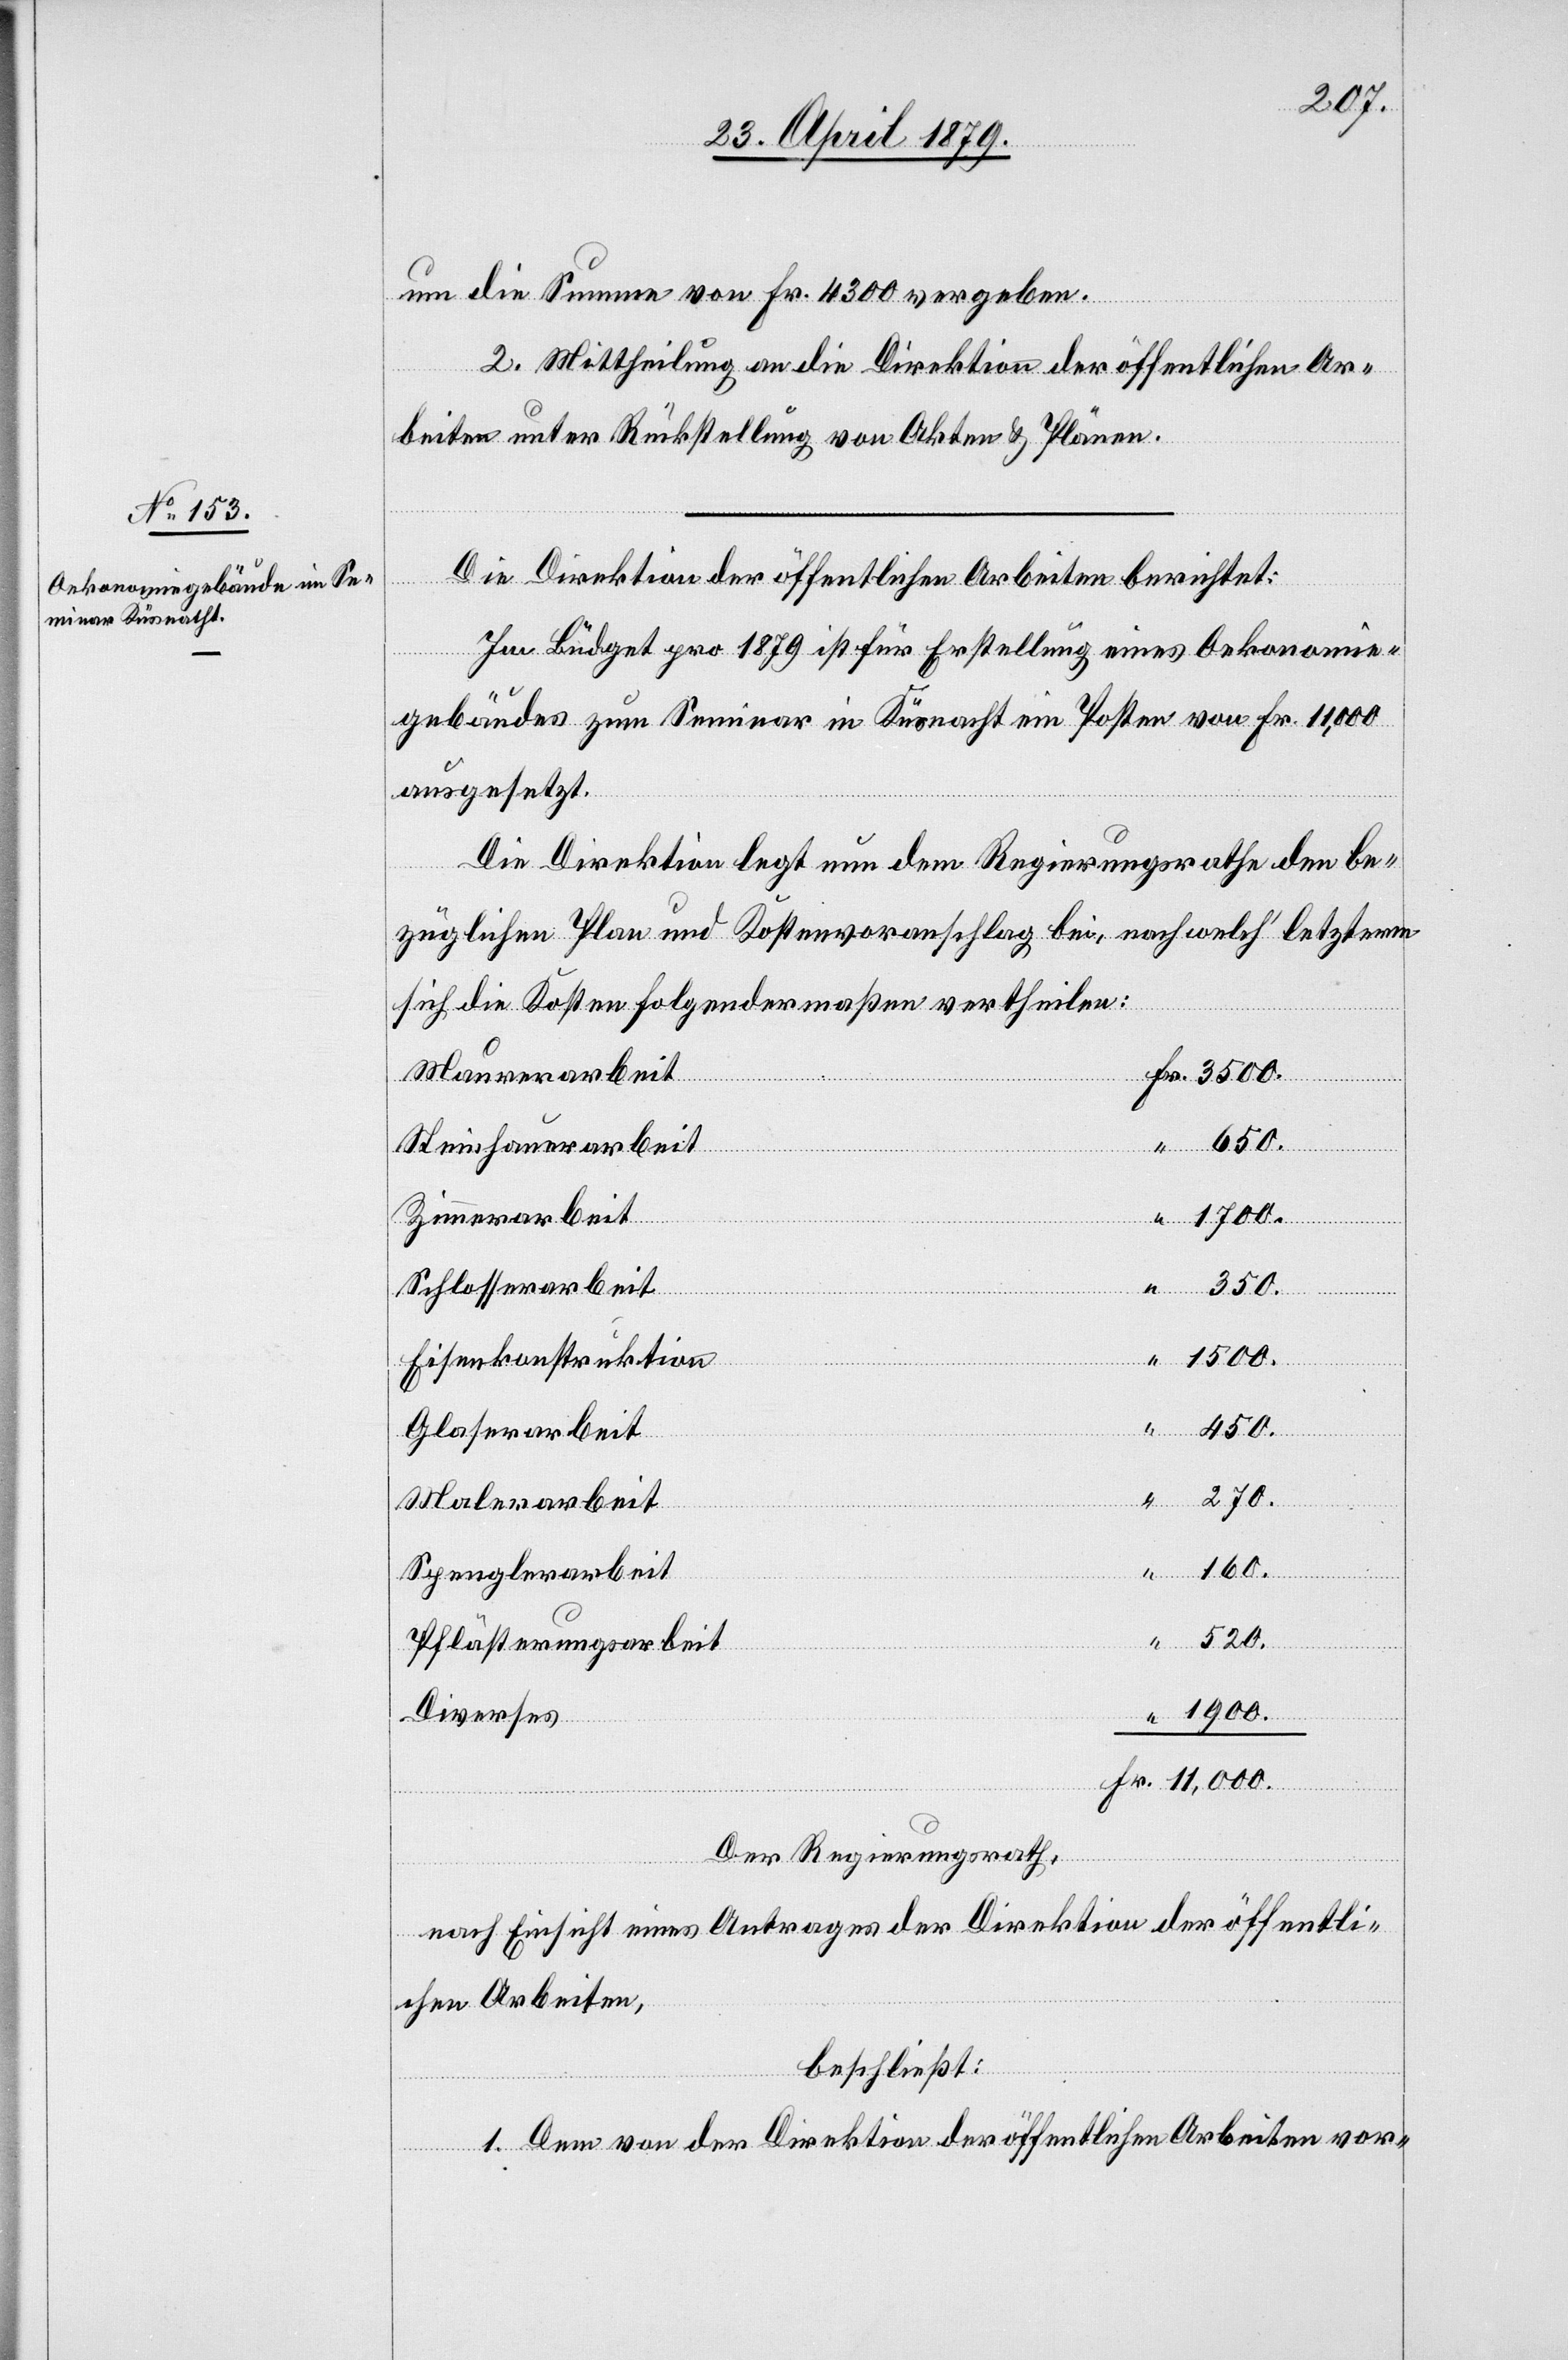
um die Summe von Fr. 4300 vergeben.
2. Mittheilung an die Direktion der öffentlichen Ar¬
beiten unter Rückstellung von Akten & Plänen.
Die Direktion der öffentlichen Arbeiten berichtet:
Im Büdget pro 1879 ist für Erstellung eines Oekonomie¬
gebäudes zum Seminar in Küsnacht ein Posten von Fr. 11,000
ausgesetzt.
Die Direktion legt nun dem Regierungsrathe den be¬
züglichen Plan und Kostenvoranschlag bei, nach welch’ letzterm
sich die Kosten folgendermaßen vertheilen:
Maurerarbeit
Steinhauerarbeit
Zimmerarbeit
Schlosserarbeit
350.
Eisenkonstruktion
450.
Glaserarbeit
270.
Fr.
Malerarbeit
11,000.
Spenglerarbeit
520.
Pflästerungsarbeit
Diverses
Der Regierungsrath,
nach Einsicht eines Antrages der Direktion der öffentli¬
chen Arbeiten,
beschließt:
1. Dem von der Direktion der öffentlichen Arbeiten vor-